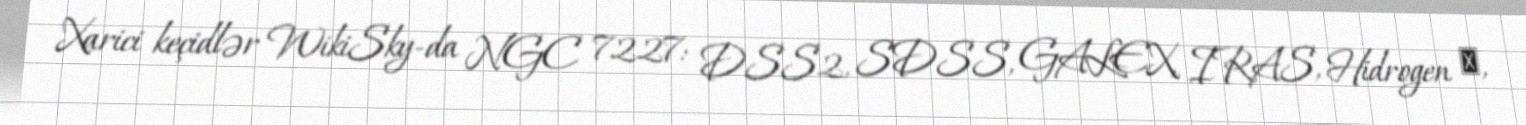
Xarici keçidlər WikiSky-da NGC 7227: DSS2, SDSS, GALEX, IRAS, Hidrogen α,